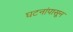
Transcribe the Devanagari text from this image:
घटनांपासून